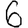
Digit: 6